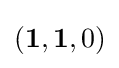
(\mathbf {1} ,\mathbf {1} ,0)